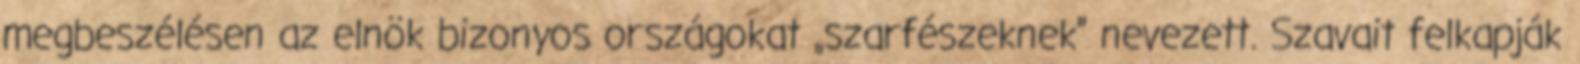
megbeszélésen az elnök bizonyos országokat „szarfészeknek” nevezett. Szavait felkapják